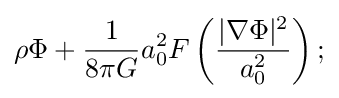
\rho \Phi +{\frac {1}{8\pi G}}a_{0}^{2}F\left({\frac {|\nabla \Phi |^{2}}{a_{0}^{2}}}\right);